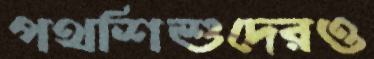
পথশিশুদেরও